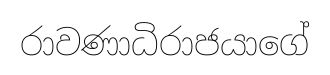
රාවණාධිරාජයාගේ